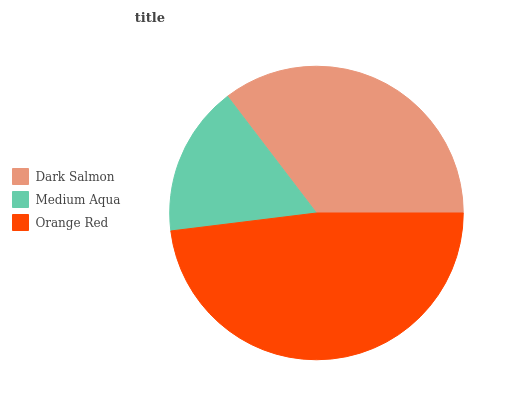
| Dark Salmon | Medium Aqua | Orange Red |
 | --- | --- | --- |
 | 35.4% | 16.6% | 48.1% |